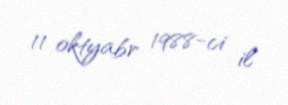
11 oktyabr 1988-ci il